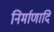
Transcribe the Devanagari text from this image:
निर्माणादि